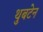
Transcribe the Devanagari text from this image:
थुबटेन